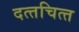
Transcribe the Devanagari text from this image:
दत्‍तचित्‍त